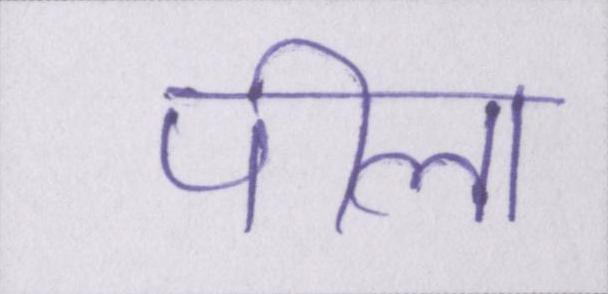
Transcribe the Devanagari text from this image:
पीला